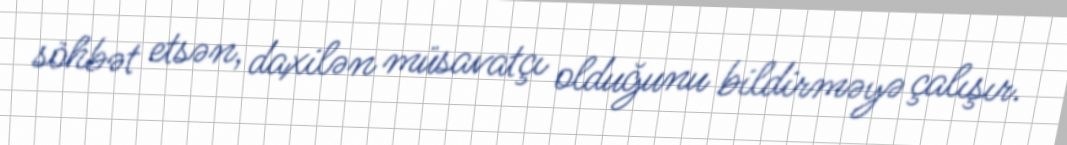
söhbət etsən, daxilən müsavatçı olduğunu bildirməyə çalışır.